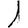
Digit: 1